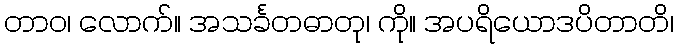
တာဝ၊ လောက်။ အသင်္ခတဓာတု၊ ကို။ အပရိယောဒပိတာတိ၊